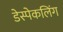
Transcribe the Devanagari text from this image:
डेस्पेकलिंग